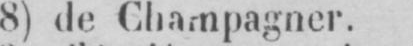
8) de Champagner.